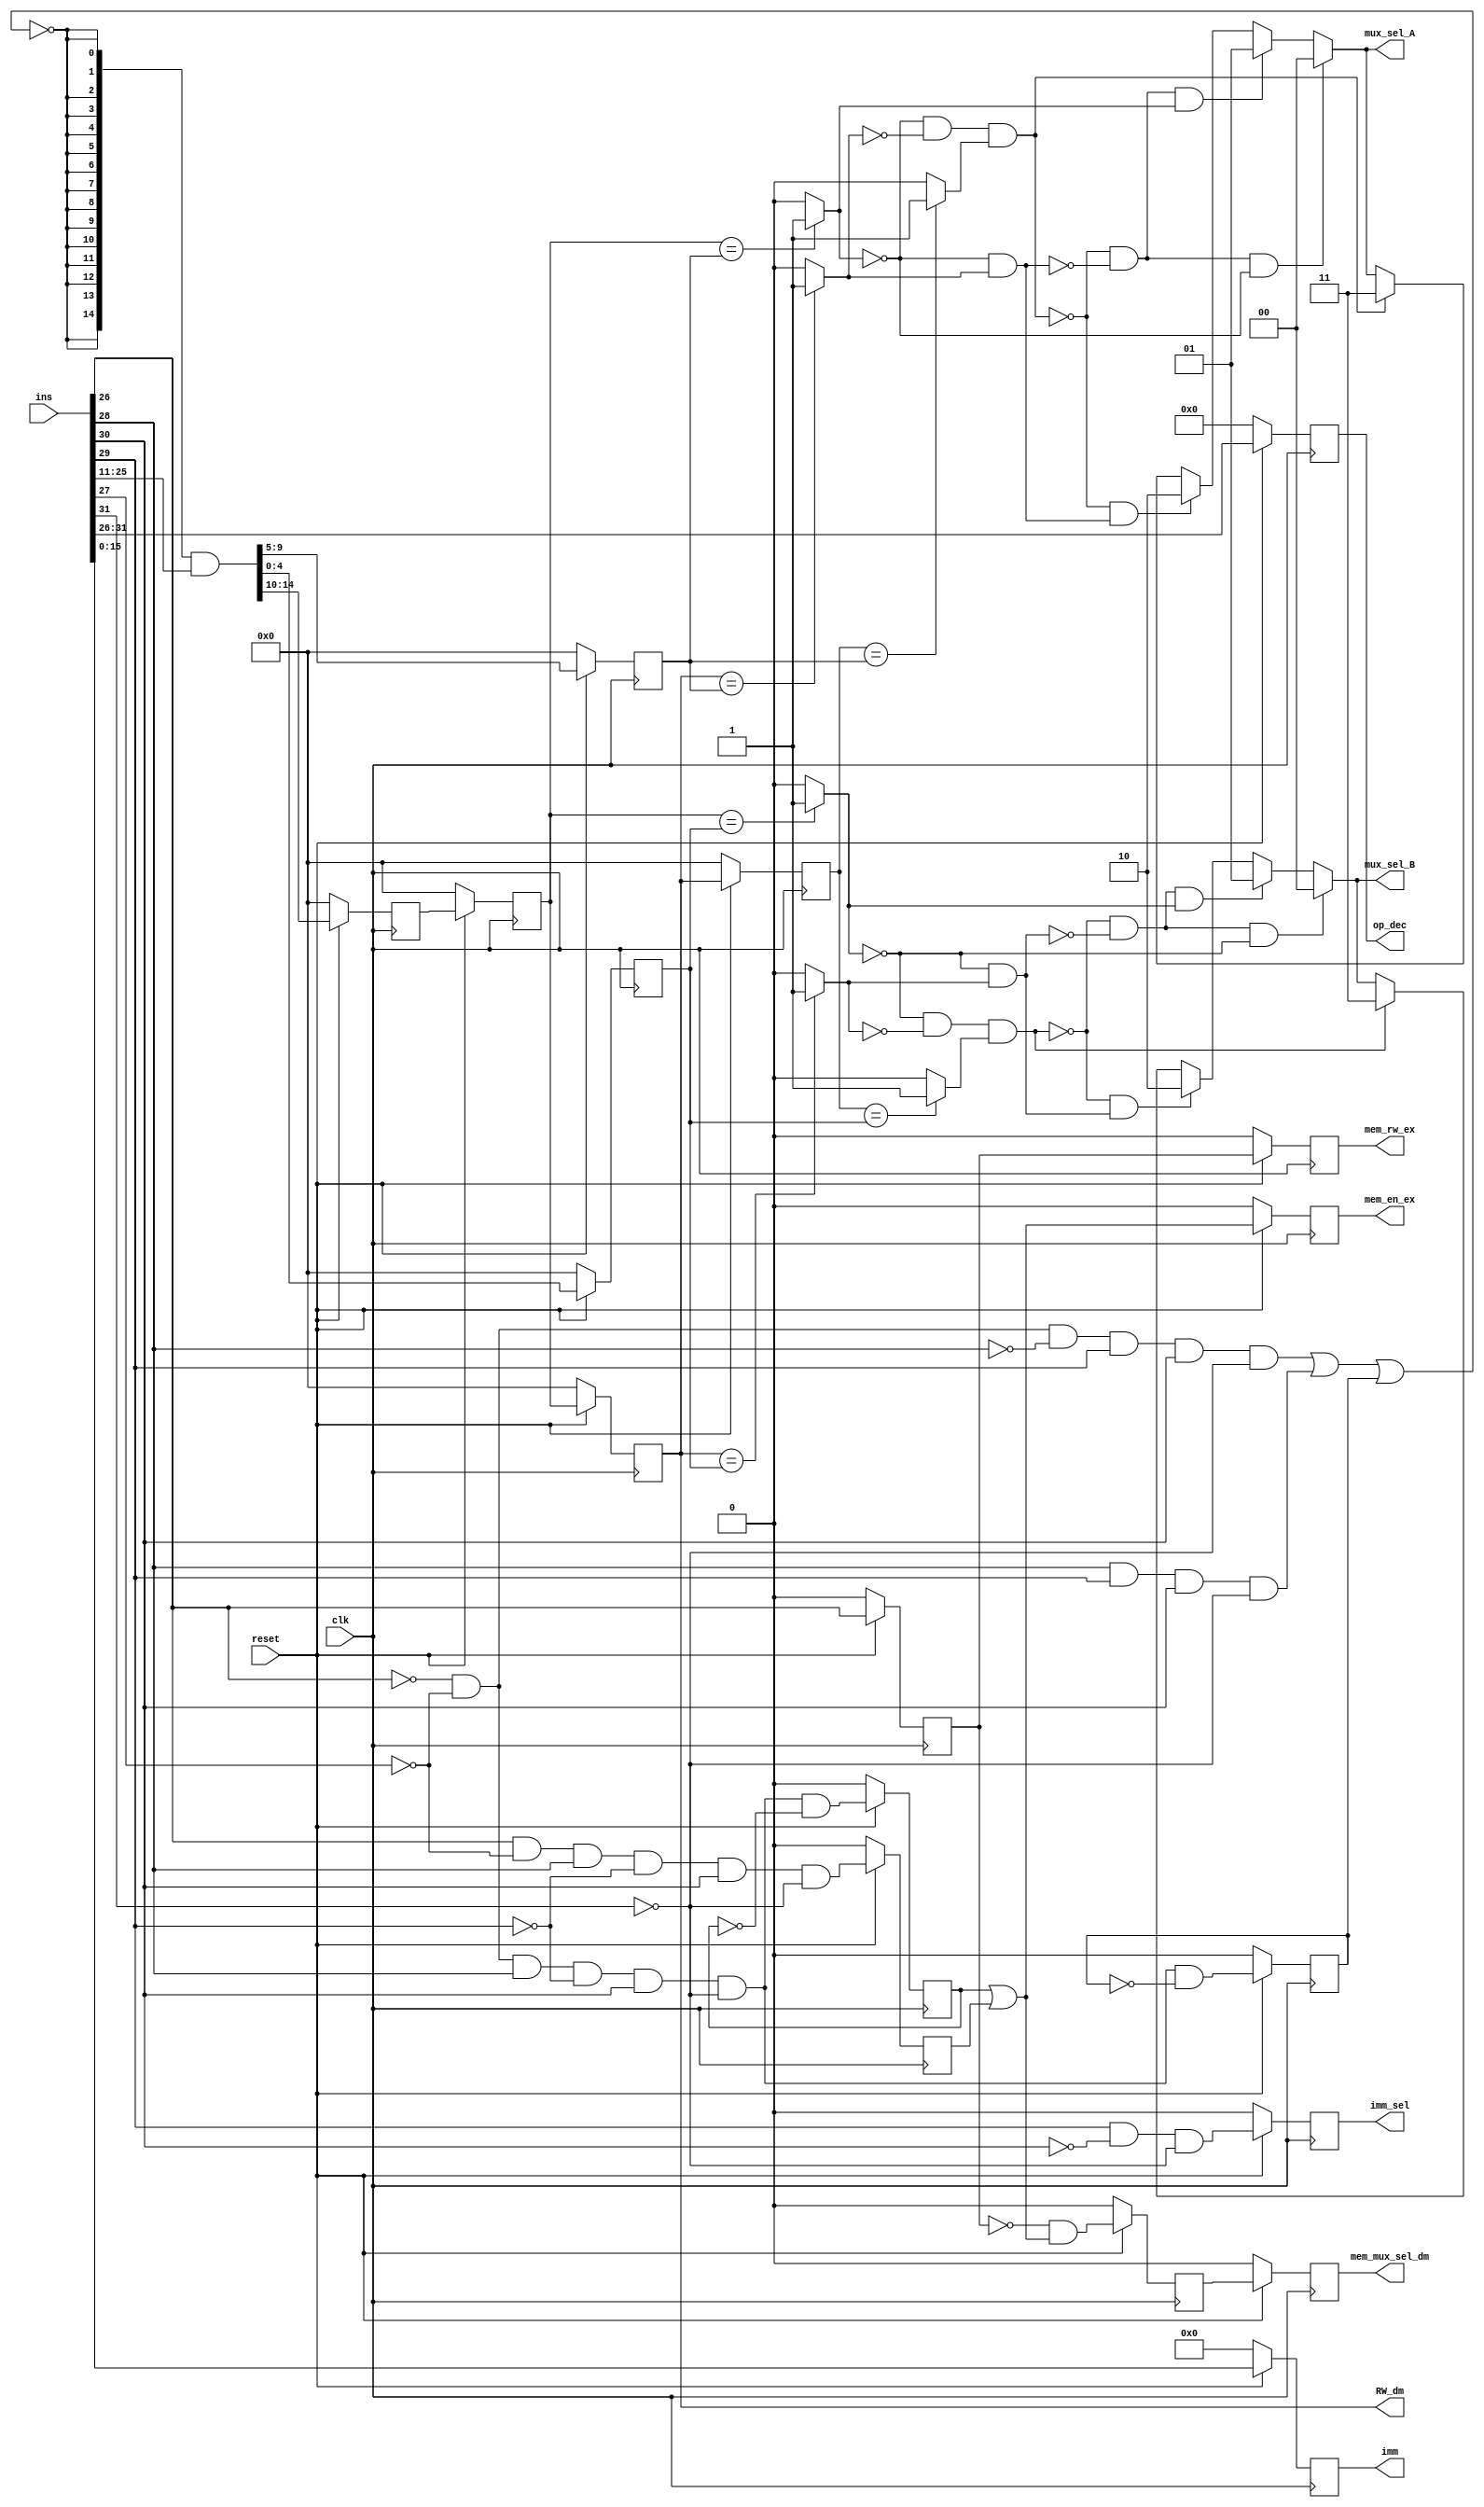
`timescale 1ns / 1ps
//////////////////////////////////////////////////////////////////////////////////
// Company: 
// 
// Design Name: 
// Module Name:    DC_block 
// Project Name: 
// Target Devices: 
// Tool versions: 
// Description: Lab 6. Dependency check block
//
// Dependencies: 
//
// Revision: 
// Revision 0.01 - File Created
// Additional Comments: 
//
//////////////////////////////////////////////////////////////////////////////////
module DC_block(ins,clk,reset,imm,op_dec,RW_dm,mux_sel_A,mux_sel_B,imm_sel,mem_en_ex,mem_rw_ex,mem_mux_sel_dm);

input [31:0] ins;
input clk,reset;

output reg [15:0] imm; // immediate value
output reg [5:0] op_dec;
output [4:0] RW_dm; // address of destination register
output [1:0] mux_sel_A,mux_sel_B; // selection line for forwading
output reg imm_sel,mem_en_ex,mem_rw_ex,mem_mux_sel_dm; 
//(1). This part for decode the opcode from ins.
wire [5:0] opcode;
assign opcode = ins[31:26];

wire [5:0] op_dec_tmp;
assign op_dec_tmp = (reset) ? opcode : 6'b0;

//(2). This part for generate the memory signals.....
wire ld,st;
assign ld = ~opcode[0] & ~opcode[1] & opcode[2] & ~opcode[3] & opcode[4] & ~opcode[5];
assign st = opcode[0] & ~opcode[1] & opcode[2] & ~opcode[3] & opcode[4] & ~opcode[5];

wire ld_and,ld_latch_tmp,st_latch_tmp,ld_st_or,opcode_zero_tmp,sel_dm_1_tmp,sel_dm_2_tmp,sel_dm_2,zero_ld_st_and;
reg ld_latch,st_latch,opcode_zero,sel_dm_1;
wire ld_st_or_tmp;
assign ld_and = ld & ~ld_latch;
assign ld_latch_tmp = (reset) ? ld_and : 1'b0;
assign st_latch_tmp = (reset) ? st : 1'b0;
assign ld_st_or = ld_latch | st_latch ;
assign opcode_zero_tmp = (reset) ? opcode[0] : 1'b0;
assign zero_ld_st_and = ~opcode_zero & ld_st_or;
assign opcode_zero_1 = (reset) ? opcode_zero : 1'b0;
assign sel_dm_1_tmp = (reset) ? zero_ld_st_and : 1'b0;
assign sel_dm_2_tmp = (reset) ? sel_dm_1 : 1'b0;
assign ld_st_or_tmp = (reset) ? ld_st_or : 1'b0;

wire imm_1,imm_1_tmp;
assign imm_1 = opcode[3] & ~opcode[4] & ~opcode[5];
assign imm_1_tmp = (reset) ? imm_1 : 1'b0;

//(3). This part for decode the immediate value....
wire [15:0] imm_tmp;
assign imm_tmp = (reset) ? ins[15:0] : 16'b0;

//(4). This part for ALU forwading part....

wire jmp,cond_j,ld_fb,ld_fb_latch_tmp;
reg ld_fb_latch;
assign jmp = ~opcode[0] & ~opcode[1] & ~opcode[2] & opcode[3] & opcode[4] & ~opcode[5];
assign cond_j = opcode[2] & opcode[3] & opcode[4] & ~opcode[5];
assign ld_fb = ~opcode[0] & ~opcode[1] & opcode[2] & ~opcode[3] & opcode[4] & ~opcode[5] & ~ld_fb_latch;
assign ld_fb_latch_tmp = (reset) ? ld_fb : 1'b0;

wire jmp_cond_ld_and_not;
wire [14:0] extender;
assign jmp_cond_ld_and_not = ~(jmp | cond_j | ld_fb_latch);
assign extender = {15{jmp_cond_ld_and_not}};

wire [14:0] ins_11_to_25_and_extender;
assign ins_11_to_25_and_extender = extender & ins[25:11] ;

wire [4:0] A,B,Rd;
assign A = ins_11_to_25_and_extender[9:5];
assign B = ins_11_to_25_and_extender[4:0];
assign Rd = ins_11_to_25_and_extender[14:10];

wire [4:0] A_tmp,B_tmp;
reg [4:0] A_final,B_final;

assign A_tmp = (reset) ? A : 5'b0;
assign B_tmp = (reset) ? B : 5'b0;

wire [4:0] rd_1_tmp,rd_2_tmp,rd_3_tmp,rd_4_tmp;
reg [4:0] rd_1,rd_2,rd_3,rd_4;

assign rd_1_tmp = (reset) ? Rd : 5'b0;
assign rd_2_tmp = (reset) ? rd_1 : 5'b0;
assign rd_3_tmp = (reset) ? rd_2 : 5'b0;
assign rd_4_tmp = (reset) ? rd_3 : 5'b0;

assign RW_dm = rd_3;

wire com_1,com_2,com_3,com_4,com_5,com_6;

//This are the comparator....

assign com_1 = (rd_2 == A_final) ?  1'b1 : 1'b0;
assign com_2 = (rd_3 == A_final) ?  1'b1 : 1'b0;
assign com_3 = (rd_4 == A_final) ?  1'b1 : 1'b0;
assign com_4 = (rd_2 == B_final) ?  1'b1 : 1'b0;
assign com_5 = (rd_3 == B_final) ?  1'b1 : 1'b0;
assign com_6 = (rd_4 == B_final) ?  1'b1 : 1'b0;

wire pri_1_3,pri_1_4,pri_1_1,pri_1_2;
wire pri_2_3,pri_2_4,pri_2_1,pri_2_2;

//Thi part for priority encoder(4 to 2)
assign pri_1_3 = ~com_1 & com_2;
assign pri_1_4 = ~com_1 & ~com_2 & com_3;
assign pri_2_3 = ~com_4 & com_5;
assign pri_2_4 = ~com_4 & ~com_5 & com_6;
assign pri_1_1 = 1'b1;
assign pri_2_1 = 1'b1;
assign pri_1_2 = com_1;
assign pri_2_2 = com_4;

assign mux_sel_A = ((pri_1_4 == 1'b0 && pri_1_3 == 1'b0 && pri_1_2 == 1'b0 && pri_1_1 == 1'b1) ? 2'b00 : 
						 ((pri_1_4 == 1'b0 && pri_1_3 == 1'b0 && pri_1_2 == 1'b1) ? 2'b01 : 
						 ((pri_1_4 == 1'b0 && pri_1_3 == 1'b1) ? 2'b10 :
						 ((pri_1_4 == 1'b1 ) ? 2'b11 : mux_sel_A))));

assign mux_sel_B = ((pri_2_4 == 1'b0 && pri_2_3 == 1'b0 && pri_2_2 == 1'b0 && pri_2_1 == 1'b1) ? 2'b00 : 
						 ((pri_2_4 == 1'b0 && pri_2_3 == 1'b0 && pri_2_2 == 1'b1) ? 2'b01 : 
						 ((pri_2_4 == 1'b0 && pri_2_3 == 1'b1) ? 2'b10 :
						 ((pri_2_4 == 1'b1 ) ? 2'b11 : mux_sel_B))));
						 
always@(posedge clk)
begin
	op_dec = op_dec_tmp;
	ld_latch = ld_latch_tmp;
	st_latch = st_latch_tmp;
	opcode_zero = opcode_zero_tmp;
	mem_rw_ex = opcode_zero_1;
	sel_dm_1 = sel_dm_1_tmp;
	mem_mux_sel_dm = sel_dm_2_tmp;
	mem_en_ex = ld_st_or_tmp;
	imm_sel = imm_1_tmp;
	imm = imm_tmp;
	ld_fb_latch = ld_fb_latch_tmp;
	A_final = A_tmp;
	B_final = B_tmp;
	rd_1 = rd_1_tmp;
	rd_2 = rd_2_tmp;
	rd_3 = rd_3_tmp;
	rd_4 = rd_4_tmp;
end

endmodule